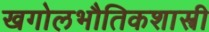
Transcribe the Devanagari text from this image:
खगोलभौतिकशास्त्री